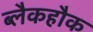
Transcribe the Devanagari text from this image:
ब्लैकहौक